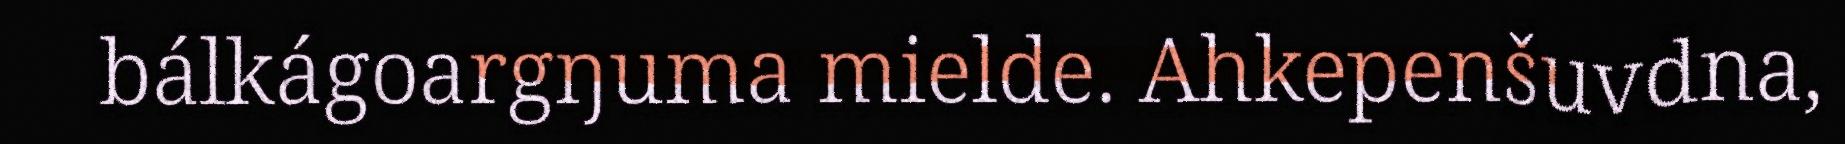
bálkágoargŋuma mielde. Ahkepenšuvdna,